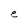
Character: e